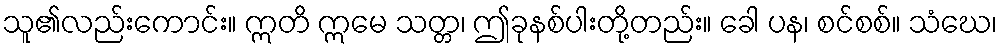
သူ၏လည်းကောင်း။ ဣတိ ဣမေ သတ္တ၊ ဤခုနစ်ပါးတို့တည်း။ ခေါ ပန၊ စင်စစ်။ သံဃေ၊